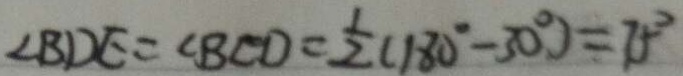
\angle B D E = \angle B C D = \frac { 1 } { 2 } ( 1 8 0 ^ { \circ } - 3 0 ^ { \circ } ) = 7 5 ^ { \circ }